Civil Veterinary Department Bengal reports 1923-33 - 1923-1933
Year: 1923
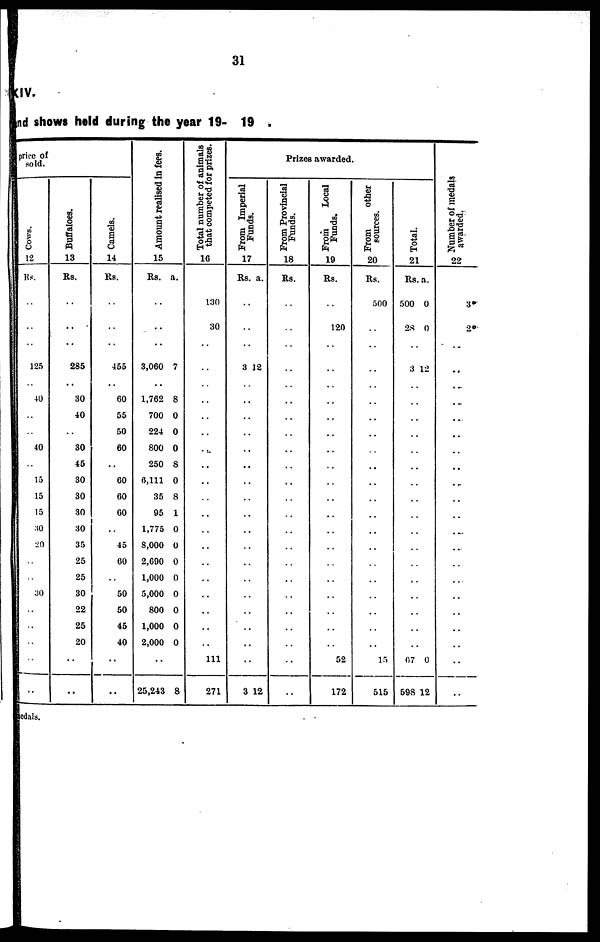
31
(IV.
and shows held during the year 19- 19
price of
sold.
Cows.
12
Rs.
..
..
125
40
..
..
40
..
15
15
15
30
20
..
..
30
..
..
..
..
..
Buffaloes.
13
Rs.
..
..
285
30
40
..
30
45
30
30
30
30
35
25
25
30
22
25
20
..
..
Camels.
14
Rs.
..
..
455
60
55
50
60
..
60
60
60
..
45
60
50
50
45
40
..
..
Amount realised in fees.
15
Rs.
..
..
3,060
1,762
700
224
800
250
6,111
35
95
1,775
8,000
2,600
1,000
5,000
800
1,000
2,000
..
25,243
a.
7
8
0
0
0
8
0
8
1
0
0
0
0
0
0
0
0
8
Total number of animals
that competed for prizes.
16
130
30
..
..
..
..
..
..
..
..
..
..
..
..
..
..
..
..
..
111
271
Prizes awarded
From Imperial
Funds.
17
Rs.
..
..
3
..
..
..
..
..
..
..
..
..
..
..
..
..
..
..
..
..
3
a.
12
12
From Provincial
Funds.
18
Rs.
..
..
..
..
..
..
..
..
..
..
..
..
..
..
..
..
..
..
..
..
..
From
Local
Funds.
19
Rs.
..
120
..
..
..
..
..
..
..
..
..
..
..
..
..
..
..
..
..
52
172
From
other
sources.
20
Rs.
500
..
..
..
..
..
..
..
..
..
..
..
..
..
..
..
..
..
15
515
Total.
21
Rs.
500
28
3
..
..
..
..
..
..
..
..
..
..
..
..
..
..
..
..
67
598
a.
0
0
12
0
12
Number of medals
awarded.
22
3*
2*
..
..
..
..
..
..
..
..
..
..
..
..
..
..
..
..
..
..
dals.